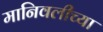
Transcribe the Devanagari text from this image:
मानिवलीच्या